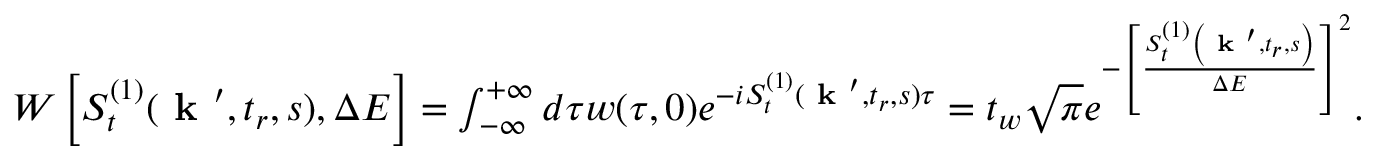
\begin{array} { r } { W \left[ S _ { t } ^ { ( 1 ) } ( \textbf { k } ^ { \prime } , t _ { r } , s ) , \Delta E \right] = \int _ { - \infty } ^ { + \infty } d \tau w ( \tau , 0 ) e ^ { - i S _ { t } ^ { ( 1 ) } ( \textbf { k } ^ { \prime } , t _ { r } , s ) \tau } = t _ { w } \sqrt { \pi } e ^ { - \left[ \frac { S _ { t } ^ { ( 1 ) } \left( \textbf { k } ^ { \prime } , t _ { r } , s \right) } { \Delta E } \right] ^ { 2 } } . } \end{array}